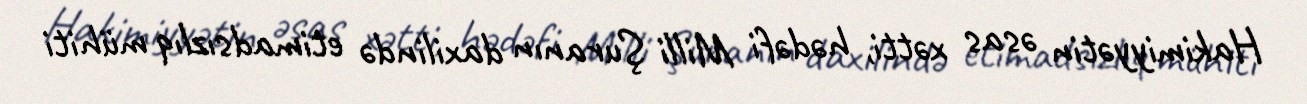
Hakimiyyətin əsas xətti, hədəfi Milli Şuranın daxilində etimadsızlıq mühiti